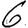
Digit: 6